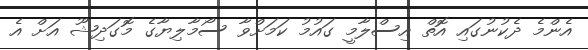
އެންމެ ދެކުނުގައި އޮތް އިސްލާމީ ގައުމު ކަމަށްވާ ސޯމާލިޔާގެ މޮގަދިޝޫ އަށް އެ